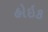
હોઇક